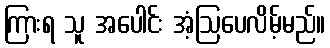
ကြားရ သူ အပေါင်း အံ့ဩပေလိမ့်မည်။